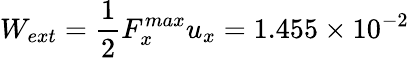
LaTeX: W_{ext}=\frac 12F_{x}^{max}u_{x}=1.455\times 10^{-2}